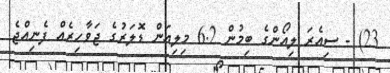
23) - ސިއެރަ ލިއޯންގެ ބިމުން 6.2 މިލިއަން ޑޮލަރުގެ ޖަވާހިރެއް ފެނިއްޖެ